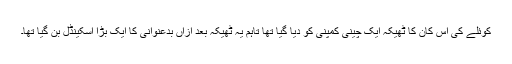
کوئلے کی اس کان کا ٹھیکہ ایک چینی کمپنی کو دیا گیا تھا تاہم یہ ٹھیکہ بعد ازاں بدعنوانی کا ایک بڑا اسکینڈل بن گیا تھا۔